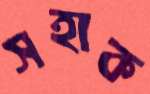
সহাক